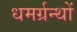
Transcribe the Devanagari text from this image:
धमर्ग्रन्थों